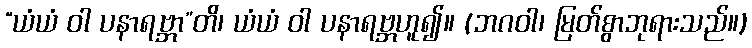
“ယံယံ ဝါ ပနာရဗ္ဘာ”တိ၊ ယံယံ ဝါ ပနာရဗ္ဘဟူ၍။ (ဘဂဝါ၊ မြတ်စွာဘုရားသည်။)